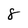
Character: 8